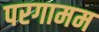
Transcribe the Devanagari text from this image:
परगामम